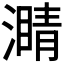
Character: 𤀜